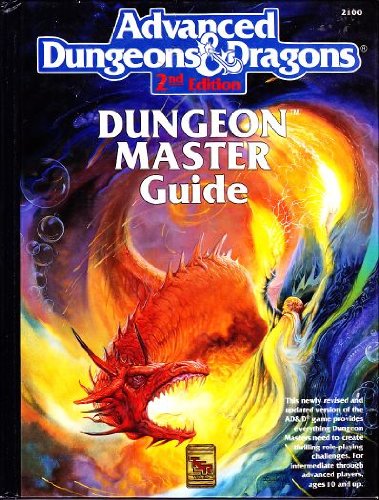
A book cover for The Dungeon Master Guide, No. 2100, 2nd Edition (Advanced Dungeons and Dragons); Gary Gygax; Science Fiction & Fantasy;